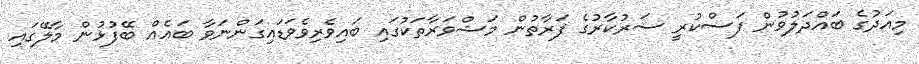
މިއަދުގެ ބައްދަލުވުން ފަސްކުރީ ސަރުކާރުގެ ފަރާތުން މަޝްވަރާތަކުގައި ބައިވެރިވެވަޑައިގަންނަވާ ބައެއް ބޭފުޅުން މާލޭގައި